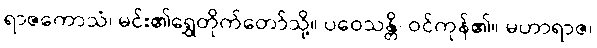
ရာဇကောသံ၊ မင်း၏ရွှေတိုက်တော်သို့။ ပဝေသန္တိ၊ ဝင်ကုန်၏။ မဟာရာဇ၊